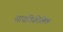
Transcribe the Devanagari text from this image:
सायकिडिलिक